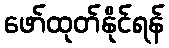
ဖော်ထုတ်နိုင်ရန်